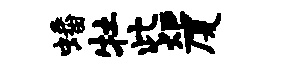
蟠牡此炬厦